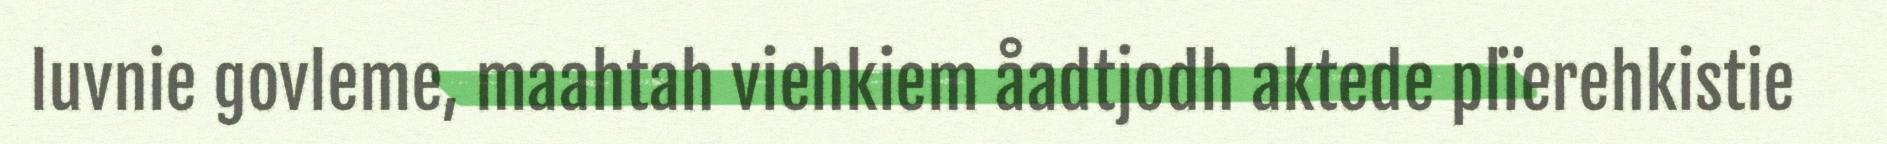
luvnie govleme, maahtah viehkiem åadtjodh aktede plïerehkistie